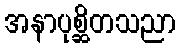
အနာပုစ္ဆိတသညာ